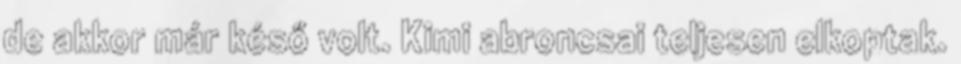
de akkor már késő volt. Kimi abroncsai teljesen elkoptak.